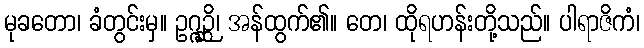
မုခတော၊ ခံတွင်းမှ။ ဥဂ္ဂဉ္ဆိ၊ အန်ထွက်၏။ တေ၊ ထိုရဟန်းတို့သည်။ ပါရာဇိကံ၊